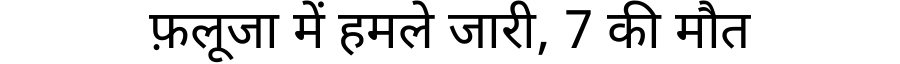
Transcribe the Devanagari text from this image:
फ़लूजा में हमले जारी, 7 की मौत